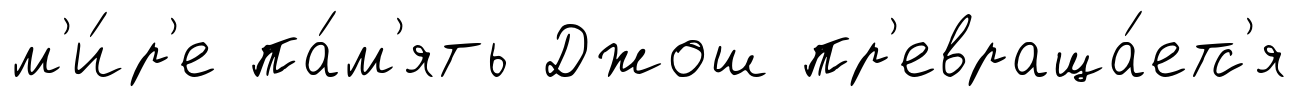
м'и́р'е па́м'ять Джош пр'евраща́етс'я